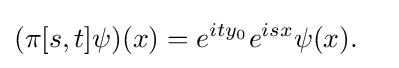
(\pi [s,t]\psi )(x)=e^{ity_{0}}e^{isx}\psi (x).\quad